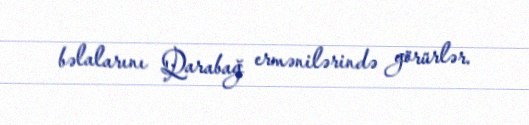
bəlalarını Qarabağ ermənilərində görürlər.